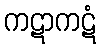
ကဋာကဋံ